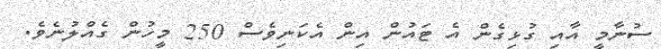
ސުނާމީ އާއި ގުޅިގެން އެ ޓައުން އިން އެކަނިވެސް 250 މީހުން ގެއްލުނެވެ.